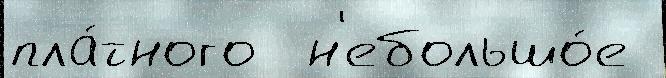
пла́тного  н'ебольшо́е